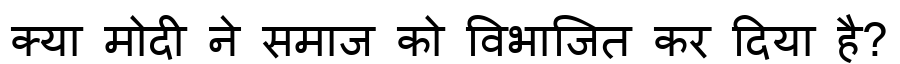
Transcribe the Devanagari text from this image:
क्या मोदी ने समाज को विभाजित कर दिया है?